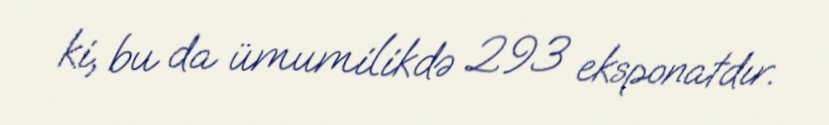
ki, bu da ümumilikdə 293 eksponatdır.